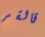
قالقر